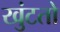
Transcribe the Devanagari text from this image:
खुंटतो